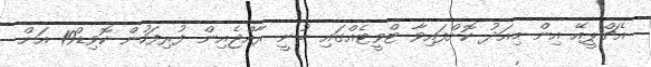
އެޗްޕީއޭ އިން މިއަދު ކޮށްފައިވާ ޓްވީޓެއްގައި ބުނީ ރާއްޖެއިން ފުރިފަހުން ކޮވިޑް19 އަށް